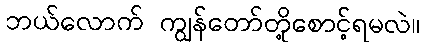
ဘယ်လောက် ကျွန်တော်တို့စောင့်ရမလဲ။